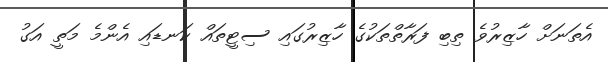
އެތަނަށް ހާޒިރުވެ ތިބި ފަރާތްތަކުގެ ހާޒިރުގައި ސިޓީތައް ކަނޑައި އެންމެ މަތީ އަގު